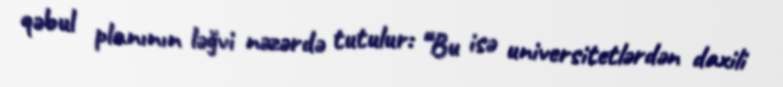
qəbul planının ləğvi nəzərdə tutulur: “Bu isə universitetlərdən daxili